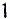
1